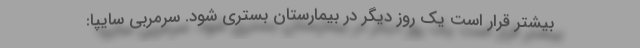
بیشتر قرار است یک روز دیگر در بیمارستان بستری شود. سرمربی سایپا: